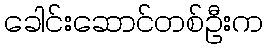
ခေါင်းဆောင်တစ်ဦးက